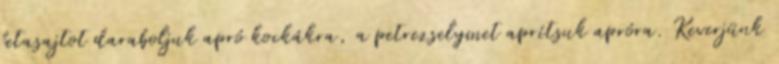
fetasajtot daraboljuk apró kockákra, a petrezselymet aprítsuk apróra. Keverjünk